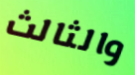
والثالث